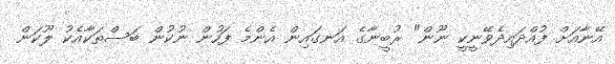
އޭނާއަށް ފުއްދައިދެވޭނީކީ ނޫން" ރުބީނާގެ އަނގައިން އެންމެ ފަހުން ނުކުން ބަސްތަކާއެކު ލޫކަން